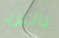
بالبرد